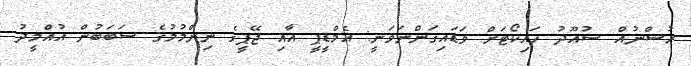
ހުސްނުއް ސުއޫދު ހައިކޯޓަށް ވަޑައިގަންނަވަނީ: އެމްޑީޕީ އާއި ޖޭޕީގެ ނިންމުމުގެ ސަބަބުން އުއްމީދު